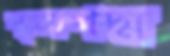
স্থলপদ্ম